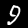
Label: 9